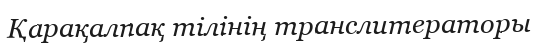
Қарақалпақ тілінің транслитераторы